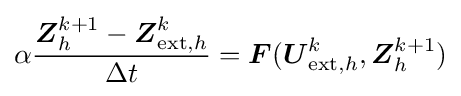
\alpha {\dfrac {{\boldsymbol {Z}}_{h}^{k+1}-{\boldsymbol {Z}}_{{\text{ext}},h}^{k}}{\Delta t}}={\boldsymbol {F}}({\boldsymbol {U}}_{{\text{ext}},h}^{k},{\boldsymbol {Z}}_{h}^{k+1})